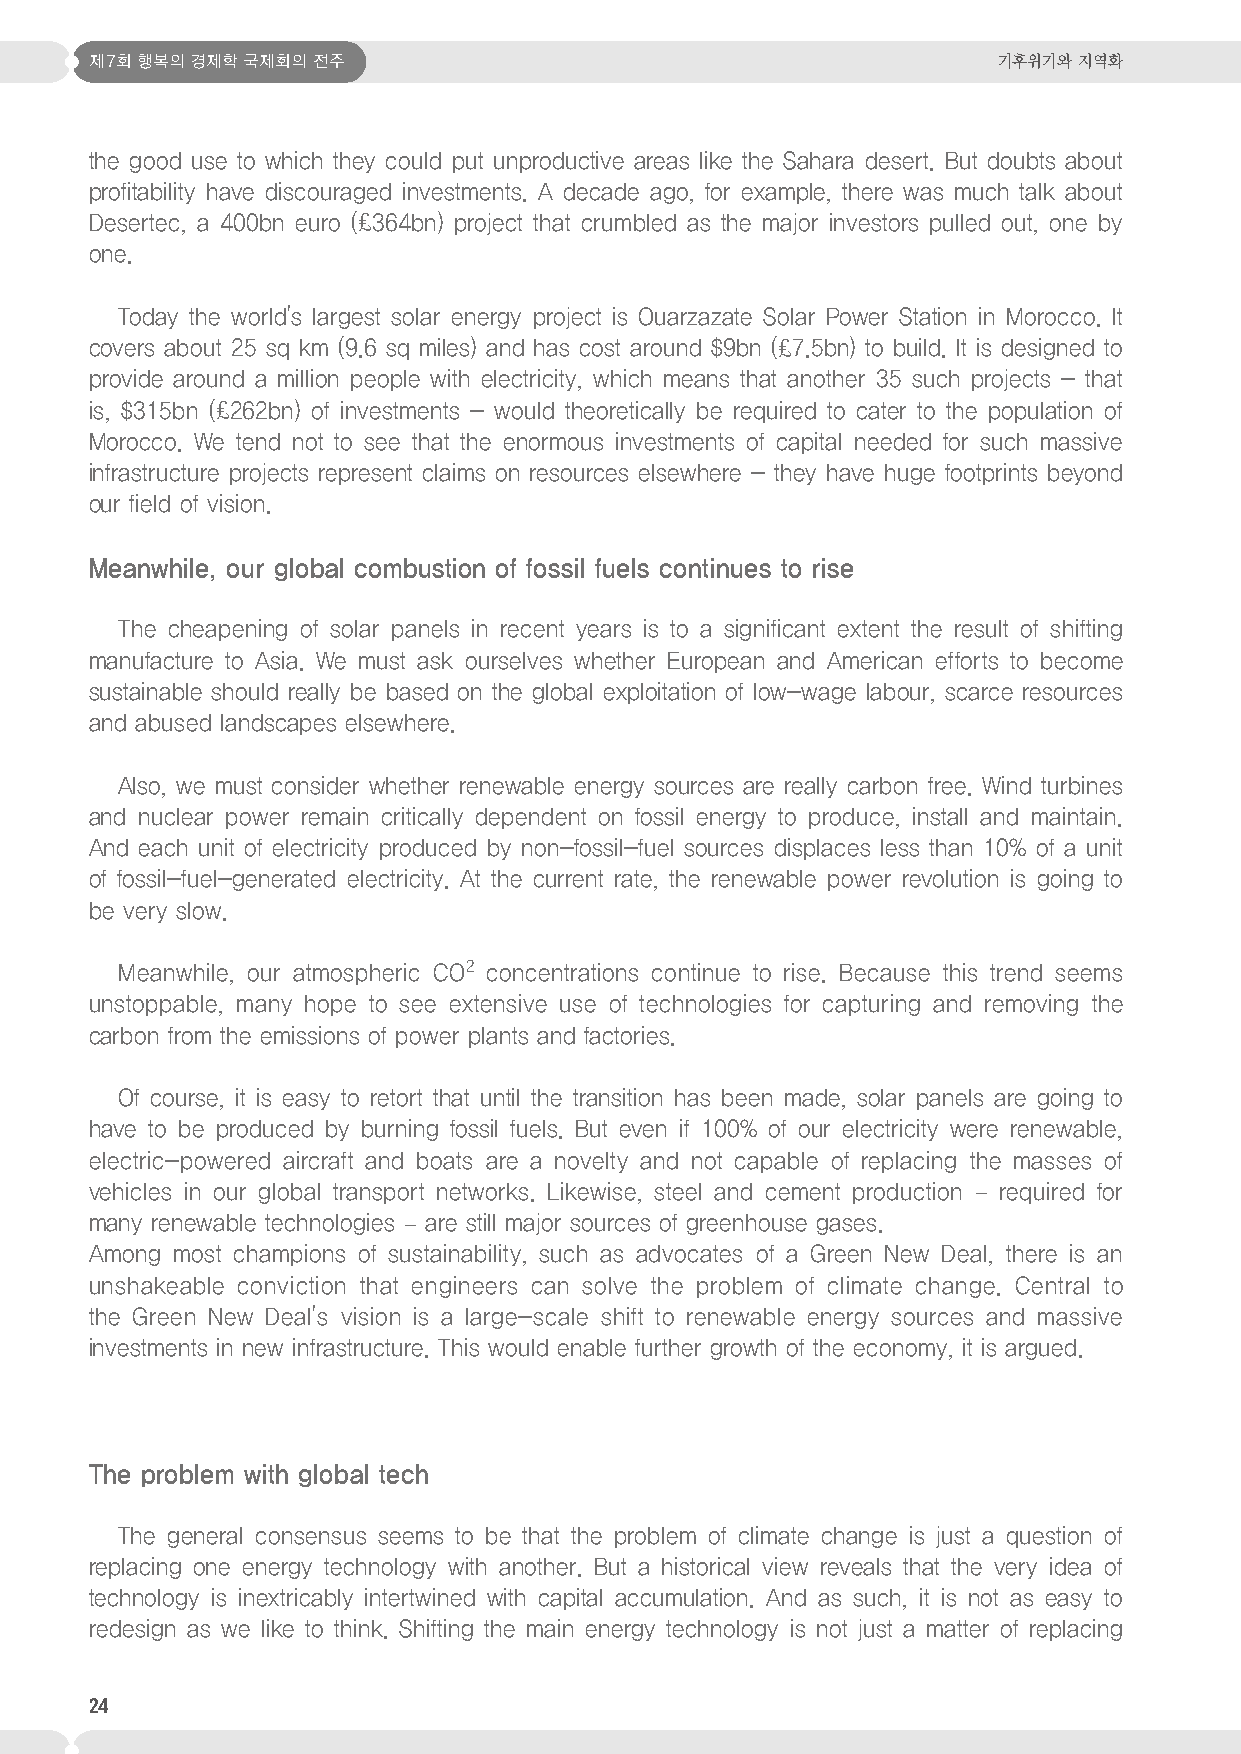
제7회 행복의 경제학 국제회의 전주                                         기후위기와 지역화
 the good use to which they could put unproductive areas like the Sahara desert. But doubts about
 profitability have discouraged investments. A decade ago, for example, there was much talk about
 Desertec, a 400bn euro (£364bn) project that crumbled as the major investors pulled out, one by
 one.
 Today the world's largest solar energy project is Ouarzazate Solar Power Station in Morocco. It
 covers about 25 sq km (9.6 sq miles) and has cost around $9bn (£7.5bn) to build. It is designed to
 provide around a million people with electricity, which means that another 35 such projects - that
 is, $315bn (£262bn) of investments - would theoretically be required to cater to the population of
 Morocco. We tend not to see that the enormous investments of capital needed for such massive
 infrastructure projects represent claims on resources elsewhere - they have huge footprints beyond
 our field of vision.
 Meanwhile, our global combustion of fossil fuels continues to rise
 The cheapening of solar panels in recent years is to a significant extent the result of shifting
 manufacture to Asia. We must ask ourselves whether European and American efforts to become
 sustainable should really be based on the global exploitation of low-wage labour, scarce resources
 and abused landscapes elsewhere.
 Also, we must consider whether renewable energy sources are really carbon free. Wind turbines
 and nuclear power remain critically dependent on fossil energy to produce, install and maintain.
 And each unit of electricity produced by non-fossil-fuel sources displaces less than 10% of a unit
 of fossil-fuel-generated electricity. At the current rate, the renewable power revolution is going to
 be very slow.
 Meanwhile, our atmospheric CO2 concentrations continue to rise. Because this trend seems
 unstoppable, many hope to see extensive use of technologies for capturing and removing the
 carbon from the emissions of power plants and factories.
 Of course, it is easy to retort that until the transition has been made, solar panels are going to
 have to be produced by burning fossil fuels. But even if 100% of our electricity were renewable,
 electric-powered aircraft and boats are a novelty and not capable of replacing the masses of
 vehicles in our global transport networks. Likewise, steel and cement production – required for
 many renewable technologies – are still major sources of greenhouse gases.
 Among most champions of sustainability, such as advocates of a Green New Deal, there is an
 unshakeable conviction that engineers can solve the problem of climate change. Central to
 the Green New Deal's vision is a large-scale shift to renewable energy sources and massive
 investments in new infrastructure. This would enable further growth of the economy, it is argued.
 The problem with global tech
 The general consensus seems to be that the problem of climate change is just a question of
 replacing one energy technology with another. But a historical view reveals that the very idea of
 technology is inextricably intertwined with capital accumulation. And as such, it is not as easy to
 redesign as we like to think. Shifting the main energy technology is not just a matter of replacing
 24